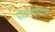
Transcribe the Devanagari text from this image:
योजनाव्दारे